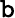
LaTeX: \mathtt{b}